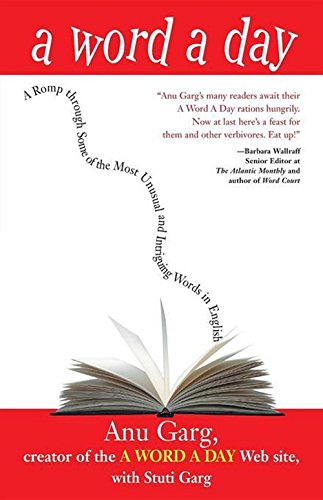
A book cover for A Word A Day: A Romp Through Some of the Most Unusual and Intriguing Words in English; Anu Garg; Reference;